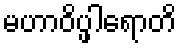
မဟာဝိပ္ဖါရောတိ